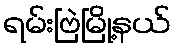
ရမ်းဗြဲမြို့နယ်